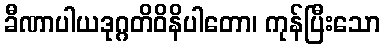
ခီဏာပါယဒုဂ္ဂတိဝိနိပါတော၊ ကုန်ပြီးသော